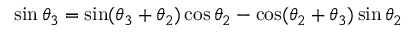
\sin \theta _ { 3 } = \sin ( \theta _ { 3 } + \theta _ { 2 } ) \cos \theta _ { 2 } - \cos ( \theta _ { 2 } + \theta _ { 3 } ) \sin \theta _ { 2 }